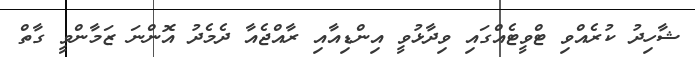
ޝާހިދު ކުރެއްވި ޓްވީޓެއްގައި ވިދާޅުވީ އިންޑިއާއި ރާއްޖެއާ ދެމެދު އޮންނަ ޒަމާންވީ ގާތް